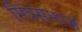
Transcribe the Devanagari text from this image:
मित्रसमाज